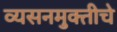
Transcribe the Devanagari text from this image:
व्यसनमुक्‍तीचे